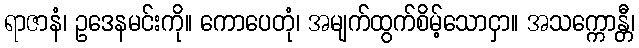
ရာဇာနံ၊ ဥဒေနမင်းကို။ ကောပေတုံ၊ အမျက်ထွက်စိမ့်သောငှာ။ အသက္ကောန္တီ၊